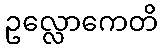
ဥလ္လောကေတိ